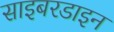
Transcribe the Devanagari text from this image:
साइबरडाइन